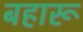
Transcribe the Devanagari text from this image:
बहारू